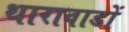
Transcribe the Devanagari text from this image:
थारावाडों